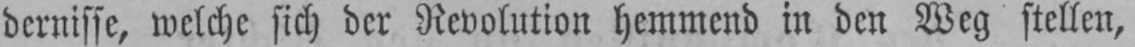
dernisse, welche sich der Revolution hemmend in den Weg stellen,